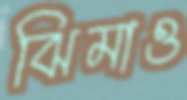
ঝিমাও